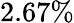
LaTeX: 2.67\%